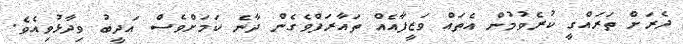
ދެރަށް ތަރައްގީ ކުރެވުމުން އެތައް ވަޒީފާއެއް ތައާރަފްވެގެން ދާނެ ކަމަށްވެސް އަދީބު ވިދާޅުވިއެވެ.